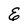
Character: E